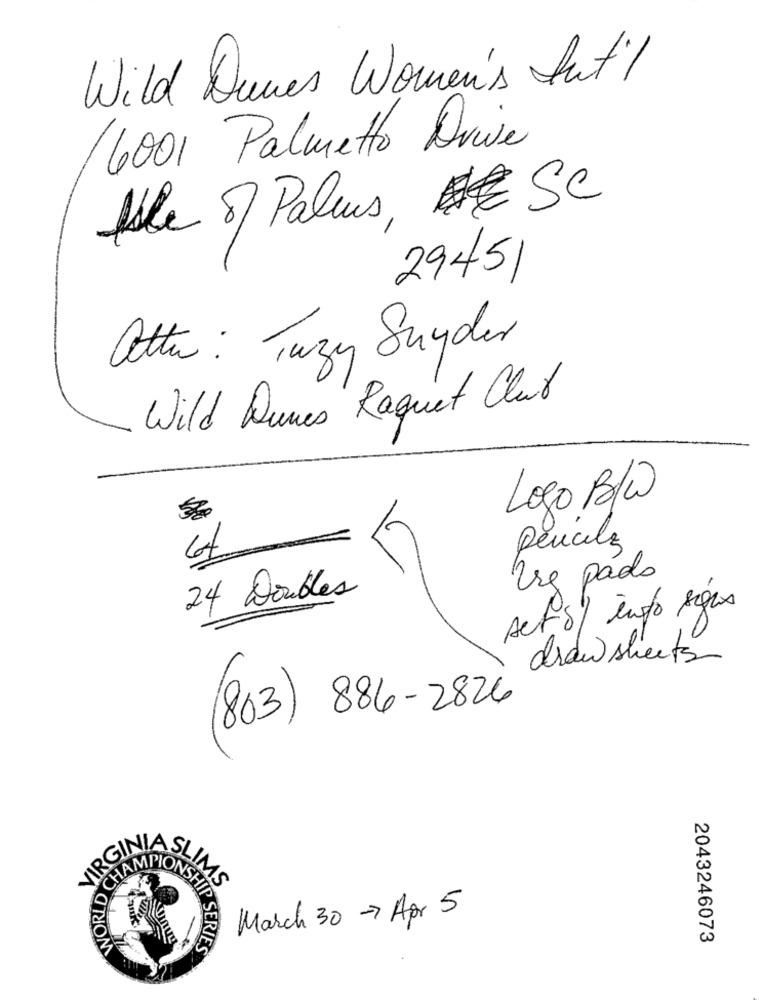
Wild Dunes Women's Int'l
6001 Palmetto Drive
Isle of Palms, CSC
29451
atte: Tuzy Snyder
Wild Dunes Raquet Chut
Logo B/W
pencilz
Use paolo
24 Doubles
set s) info sigas
draw sheets
(803) 886-2826
VIRGIL
MS
WORLD
NSH
March 30 - Apr 5
2043246073
SERIES